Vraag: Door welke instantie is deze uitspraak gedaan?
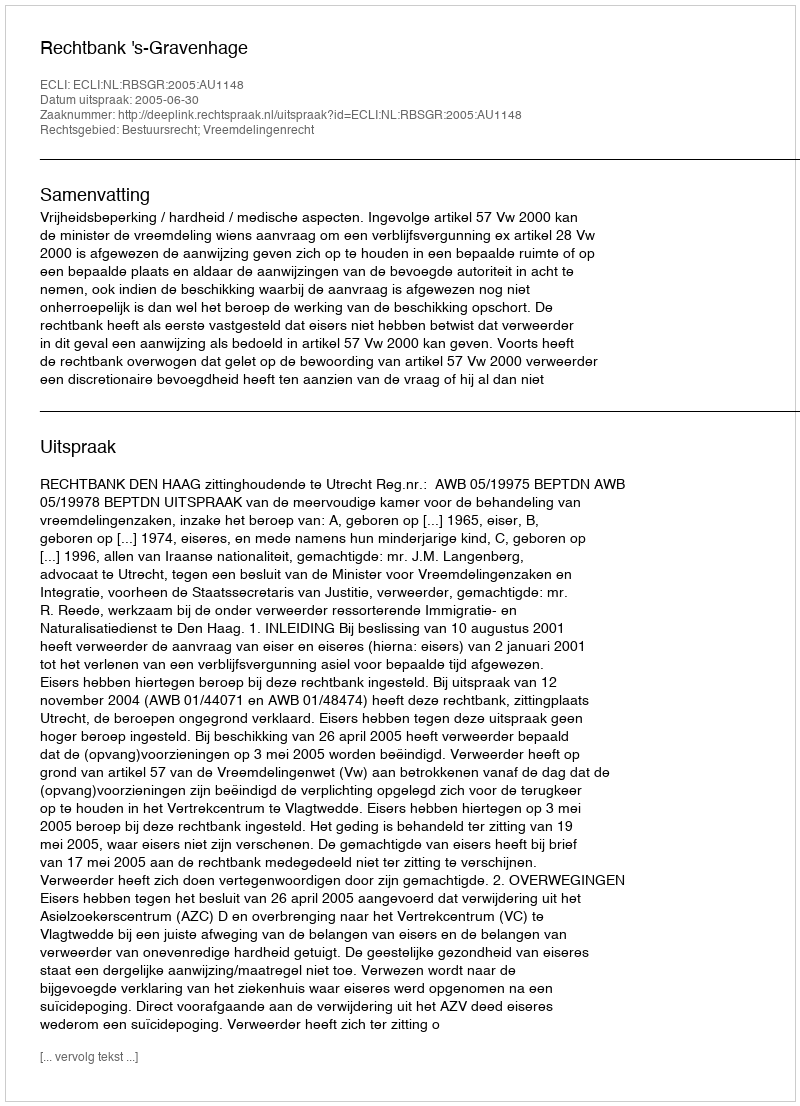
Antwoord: Rechtbank 's-Gravenhage